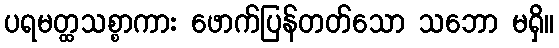
ပရမတ္ထသစ္စာကား ဖောက်ပြန်တတ်သော သဘော မရှိ။